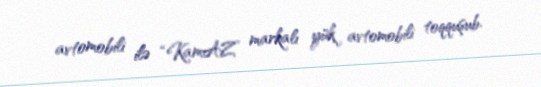
avtomobili ilə “KamAZ” markalı yük avtomobili toqquşub.